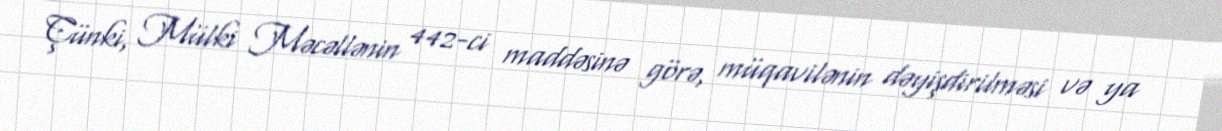
Çünki, Mülki Məcəllənin 442-ci maddəsinə görə, müqavilənin dəyişdirilməsi və ya